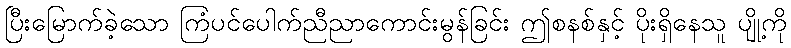
ပြီးမြောက်ခဲ့သော ကြံပင်ပေါက်ညီညာကောင်းမွန်ခြင်း ဤစနစ်နှင့် ပိုးရှိနေသူ ပျို့ကို